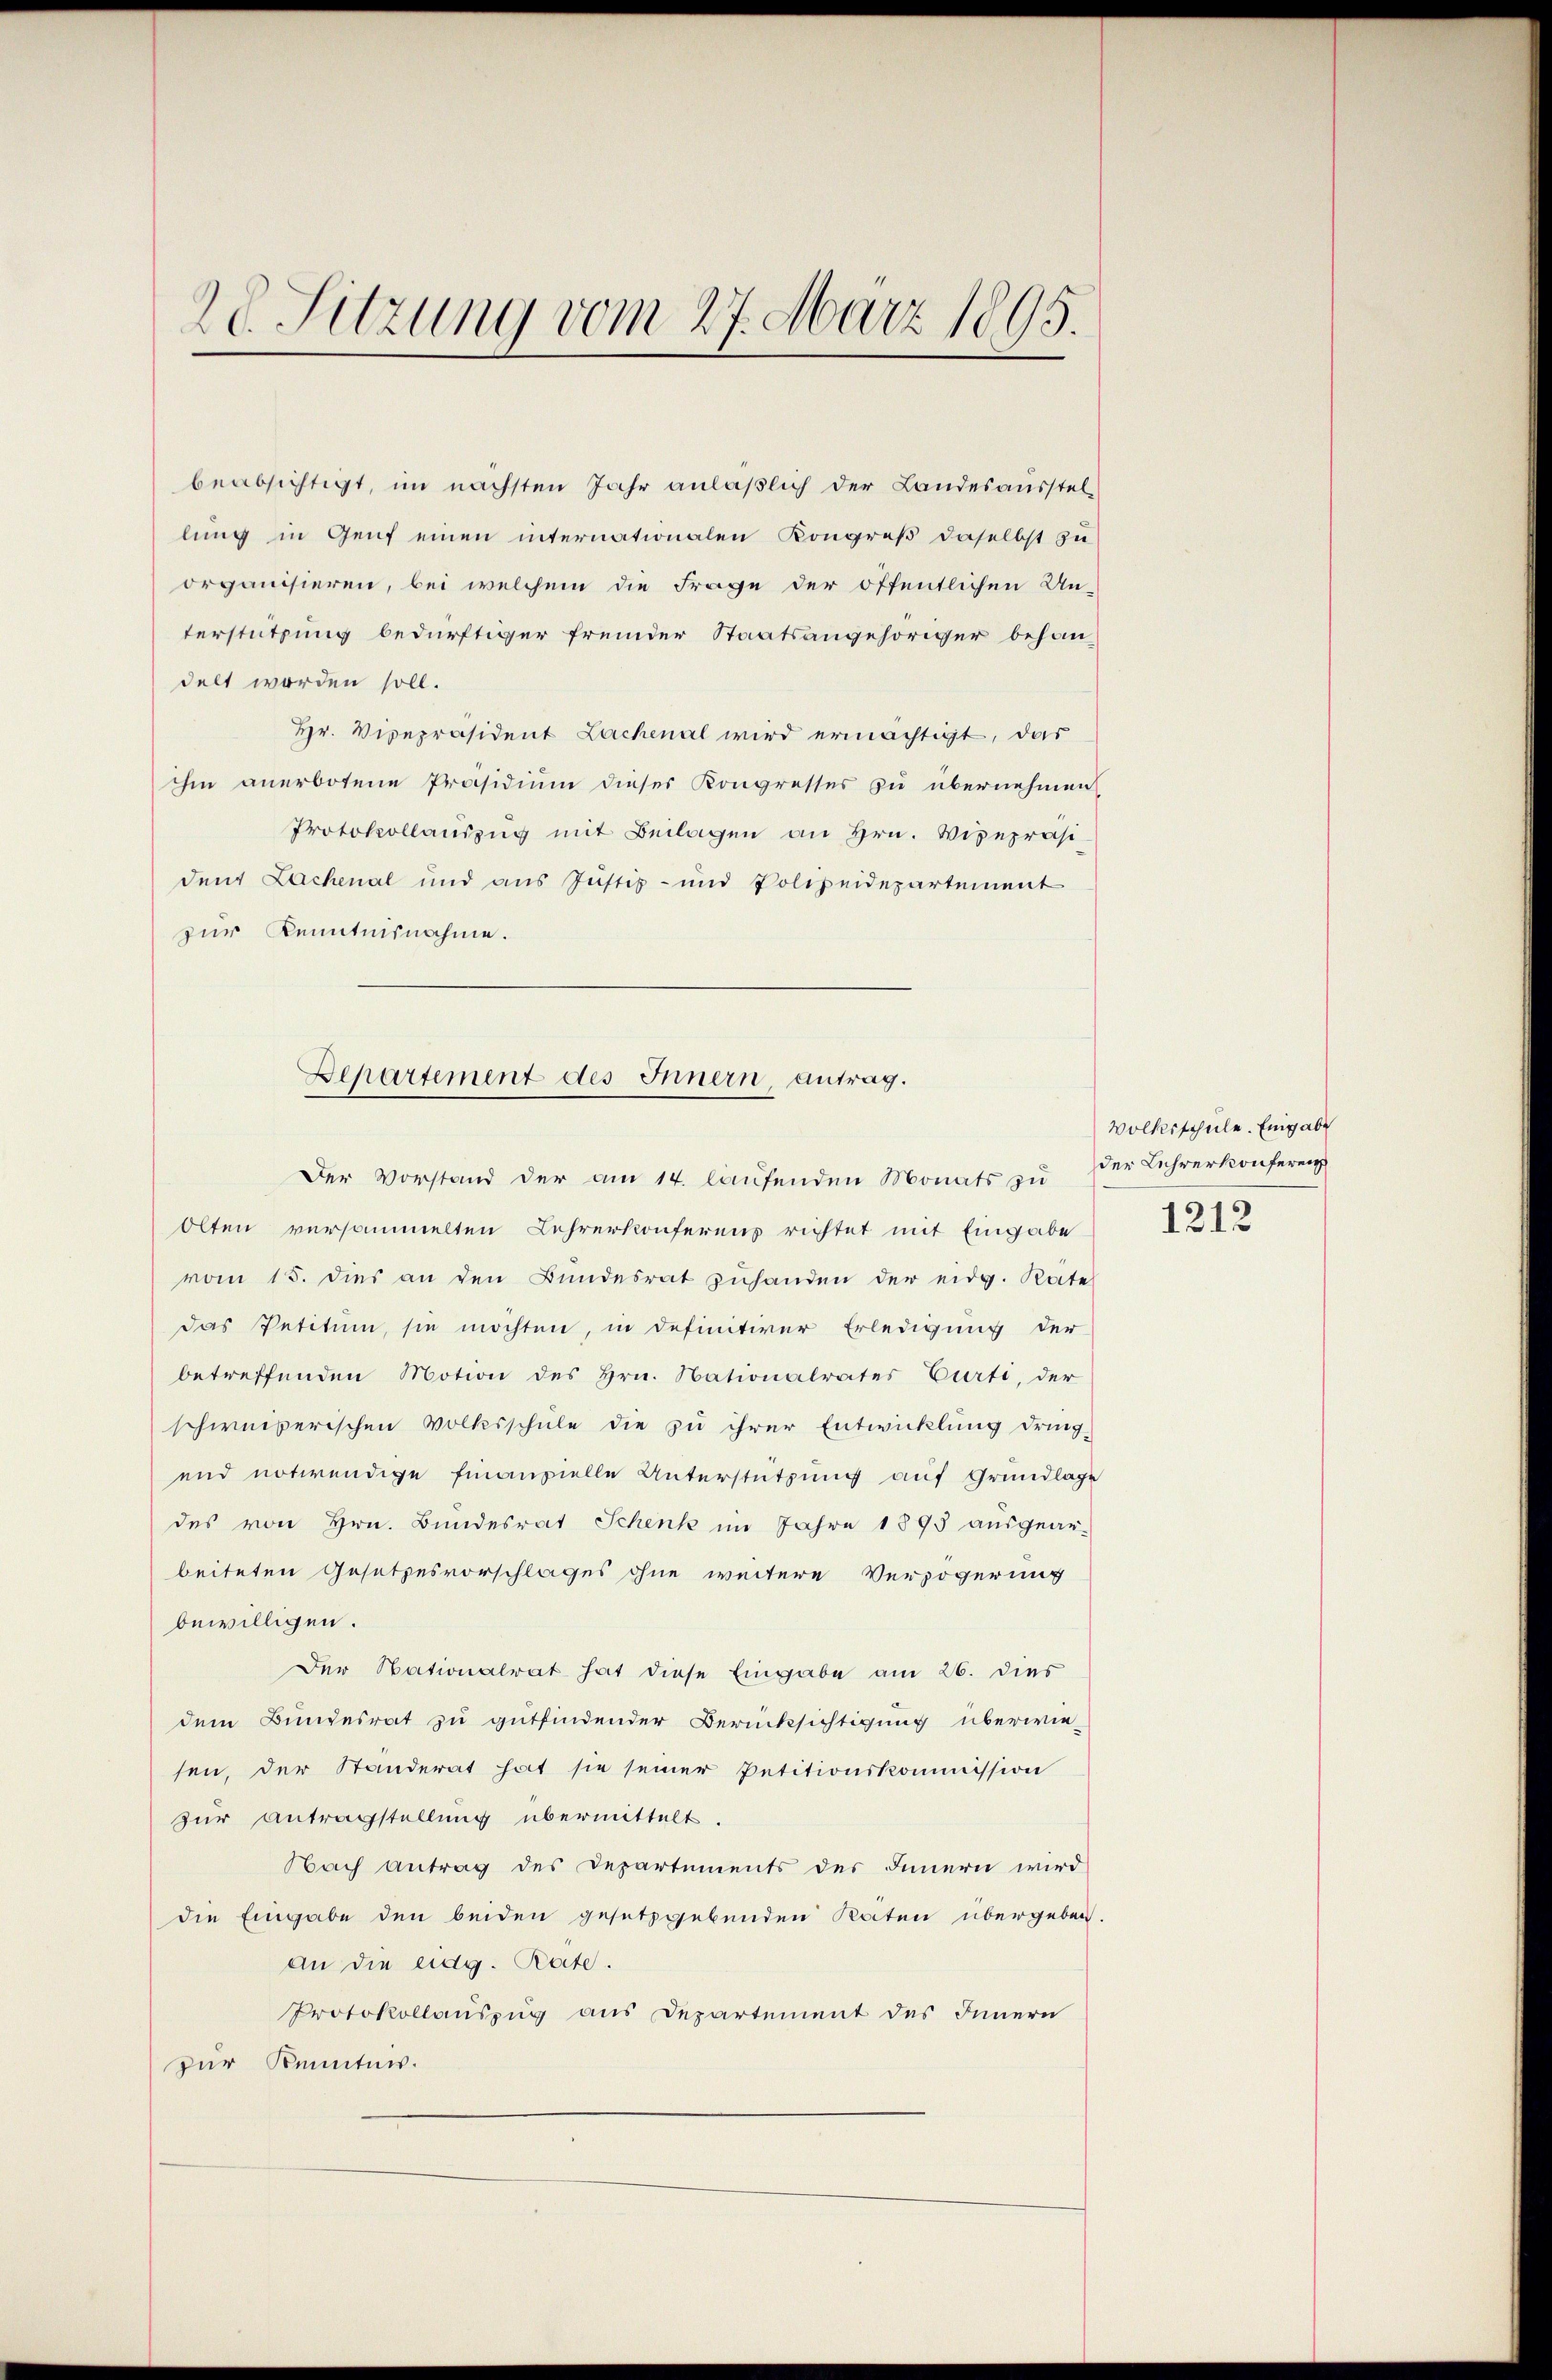
20. Sitzung vom 27. März 1895.

beabsichtigt, im nächsten Jahr anläßlich der Landesausstellung in Genf einen internationalen Kongreß daselbst zu
organisieren, bei welchem die Frage der öffentlichen Un-
terstützung bedürftiger fremder Staatsangehöriger behandelt worden soll.
Hr. Vicepräsident Lachenal wird ermächtigt, das
ihm anerbotene Präsidium dieser Kongresses zu übernehmen
Protokollaŭszŭg mit Beilagen an Hrn. Vizepräsi-
dent Lachenal und aus Justiz- und Polizeidepartement
zur Kenntnisnahme.
Der Vorstand der am 14. laufenden Monats zu der Lehrerkonferenz
Olten versammelten Lehrerkonferens richtet mit Eingabe
vom 15. dies an den Bundesrat zuhanden der eidg. Rate
das Petitum, sie möchten, in definitiver Erledigung der
betreffenden Motion des Hrn. Nationalrates Curti, der
schweizerischen Volksschule die zu ihrer Entwicklung dring-
und notwendige Finanzielle Unterstützung auf Grundlage
des von Hrn. Bundesrat Schenk im Jahre 1895 ausgear-
beiteten Gesetzesvorschlages ohne weitere Verzögerung
bewilligen.
Der Nationalrat hat diese Eingabe am 26. dies
dem Bundesrat zu gutfindender Berücksichtigung überwie-
sen, der Standerat hat sie seiner Petitionskommission
zur Antragstellung übermittelt.
Nach antrag des Departements des Innern wird
die Eingabe den beiden gesetzgebenden Koiten übergeben.
An die eidg. Rate.
Protokollauszug aus Departement des Innern
zur Kennten.

Departement des Innern, Antrag.

Volksschule. Eingabe
1212